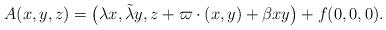
LaTeX: \begin{align*}A(x,y,z)=\big(\lambda x,\tilde{\lambda} y, z+\varpi \cdot (x,y)+\beta xy\big)+f(0,0,0).\end{align*}